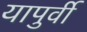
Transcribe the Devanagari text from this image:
यापुर्वी